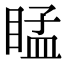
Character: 䁅